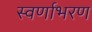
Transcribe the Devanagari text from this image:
स्वर्णाभरण